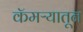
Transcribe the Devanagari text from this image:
कॅमऱ्यातून